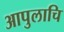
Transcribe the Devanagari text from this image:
आपुलाचि